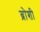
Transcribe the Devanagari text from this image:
ब्रोशी